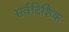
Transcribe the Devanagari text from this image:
सर्वदिशिक